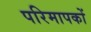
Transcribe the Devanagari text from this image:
परिमापकों